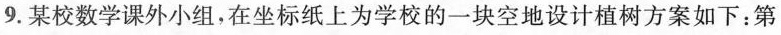
9.某校数学课外小组，在坐标纸上为学校的一块空地设计植树方案如下：第